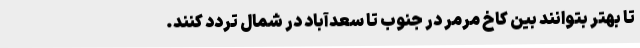
تا بهتر بتوانند بین کاخ مرمر در جنوب تا سعدآباد در شمال تردد کنند.